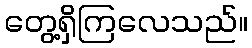
တွေ့ရှိကြလေသည်။